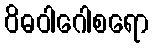
ဝိဓဝါဂေါစရော